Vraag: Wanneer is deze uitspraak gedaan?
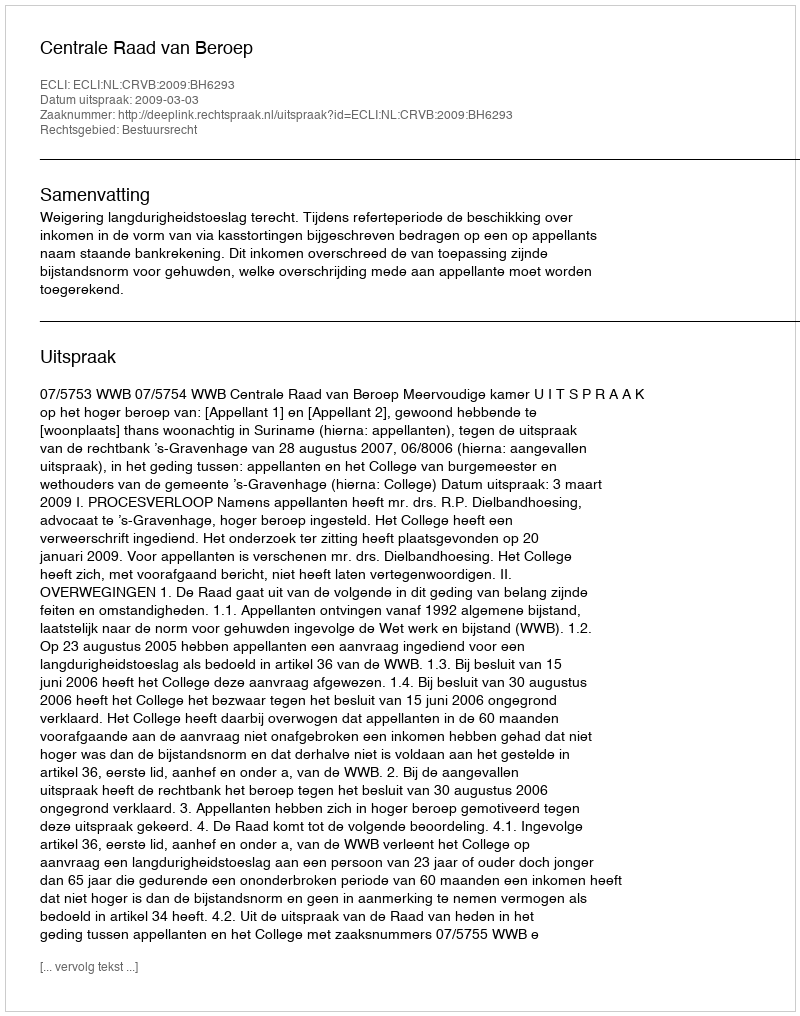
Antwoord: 2009-03-03